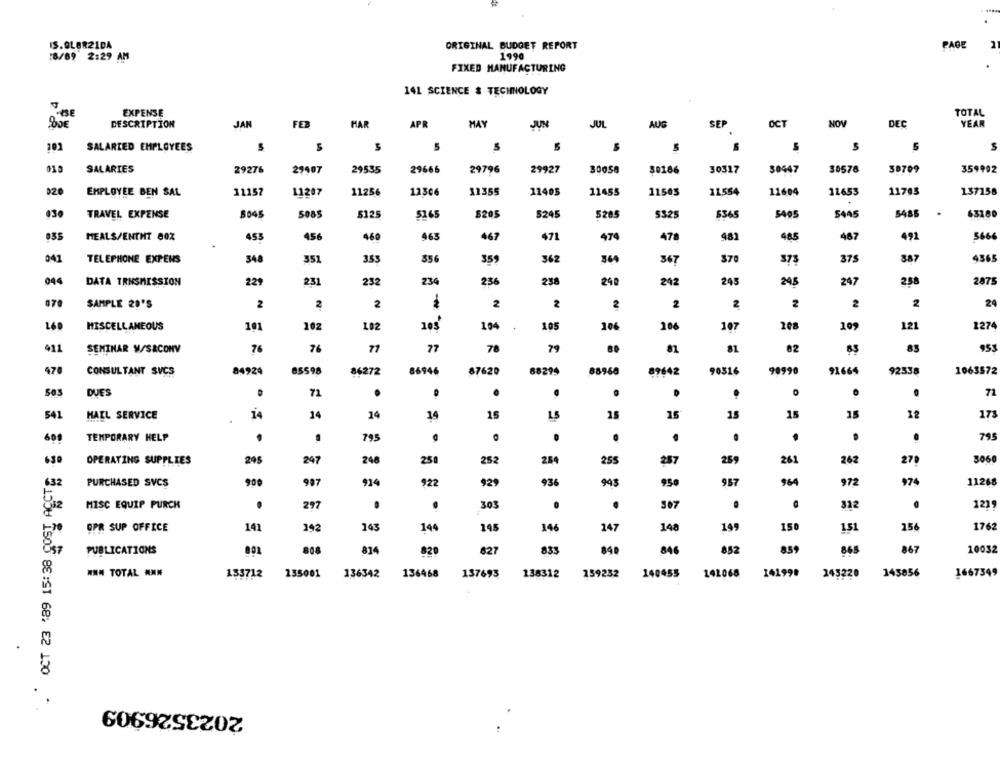
ORIGINAL BUDGET REPORT
PAGE
18/69 2:29 AM
1990
FIXED MANUFACTURING
141 SCIENCE & TECHNOLOGY
EXPENSE
TOTAL
FEB
MAY
OCT
NOV
YEAR
DESCRIPTION
JAN
MAR
APR
JUN
JUL
AUG
SEP
DEC
5
5
102
SALARIED EMPLOYEES
S
010
SALARIES
29407
29535
29796
29927
30058
30317
30447
30578
30709
359992
29276
29666
30186
020
EMPLOYEE BEN SAL
11207
11256
12306
11355
11405
11455
11503
11554
11604
11653
11703
137158
11157
030
TRAVEL EXPENSE
5045
5085
$125
5365
$205
5245
S285
5325
6365
5405
5445
5485
.
63180
MEALS/ENTHT 80X
453
456
460
463
467
471
474
478
481
485
487
492
5666
041
TELEPHONE EXPENS
348
351
353
556
359
362
364
367
$70
373
375
887
4565
044
DATA TRNSMISSION
229
231
232
234
236
258
240
242
245
245
247
258
2875
SAMPLE 29'S
2
2
2
2
2
2
2
2
2
2
2
24
160
MISCELLANEOUS
101
102
102
103'
104
105
106
106
107
109
121
1274
411
SEMINAR W/SACONV
7
76
77
77
78
79
81
82
83
953
470
CONSULTANT SVCS
84924
85598
86272
86946
87620
88295
88968
89642
90316
99990
91664
92338
1063572
505
DUES
71
.
71
.
541
MAIL SERVICE
14
14
14
14
15
15
15
15
15
15
15
12
173
795
609
TEMPORARY HELP
.
195
.
.
.
.
.
.
255
3060
630
OPERATING SUPPLIES
295
247
248
25
252
284
287
259
261
262
270
. OCT 23 '89 15:38 COST ACCT
632
987
914
943
930
964
972
974
11268
PURCHASED SVCS
900
922
929
936
957
.
303
0
307
322
1219
MISC EQUIP PURCH
297
.
OPR SUP OFFICE
141
192
143
145
146
147
148
149
150
151
156
1762
140
857
PUBLICATIONS
808
820
627
833
840
846
852
8.59
865
867
10032
814
8
HN= TOTAL ANN
136342
136468
137693
138312
140455
142068
141998
245220
143856
1667349
155712
135001
159232
2023526909